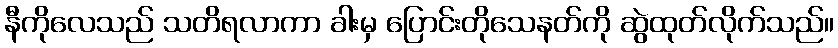
နီကိုလေသည် သတိရလာကာ ခါးမှ ပြောင်းတိုသေနတ်ကို ဆွဲထုတ်လိုက်သည်။